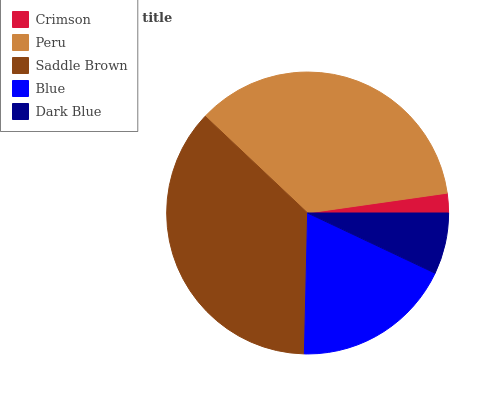
| Crimson | Peru | Saddle Brown | Blue | Dark Blue |
 | --- | --- | --- | --- | --- |
 | 2.25% | 35.7% | 36.7% | 18.3% | 7.03% |